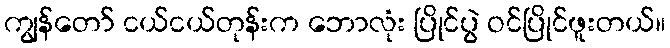
ကျွန်တော် ငယ်ငယ်တုန်းက ဘောလုံး ပြိုင်ပွဲ ဝင်ပြိုင်ဖူးတယ်။